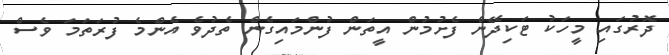
ދޮރުގައި މީހަކު ޓަކިދޭން ފެށުމުން އީތަން ފުންމައިގެން ތެދުވެ އެންމެ ފުރަތަމަ ވެސް